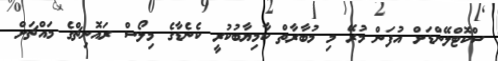
ސްކޮޓްލޭންޑަށް އުފަން މުރޭ މި މުބާރާތް ކާމިޔާބުކުރީ ކެނެޑާގެ މިލޯސް ރައޮނިޗްގެ މައްޗަށް